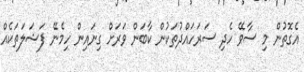
އެގޮތުން މި ސާވޭ ހެދި ސަރަހައްދުތަކުން ކާބަން ވަރަށް ގިނައިން ހިމެނޭ ފަޝަލަތަކެއް